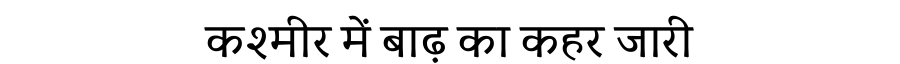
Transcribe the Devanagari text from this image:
कश्मीर में बाढ़ का कहर जारी